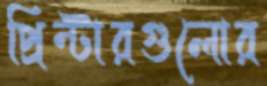
প্রিন্টারগুলোর